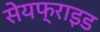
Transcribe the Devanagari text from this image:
सेयफ्राइड